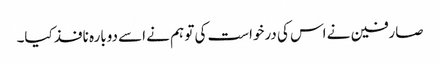
صارفین نے اس کی درخواست کی تو ہم نے اسے دوبارہ نافذ کیا۔